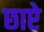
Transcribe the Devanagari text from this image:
छाऐ